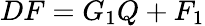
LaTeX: DF=G_{1}Q+F_{1}